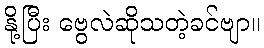
နို့ပြီး ဗွေလဲဆိုသတဲ့ခင်ဗျာ။